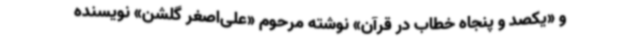
و «یکصد و پنجاه خطاب در قرآن» نوشته مرحوم «علی‌اصغر گلشن» نویسنده